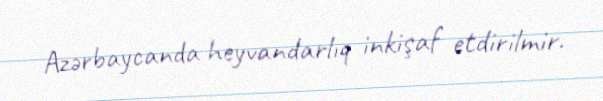
Azərbaycanda heyvandarlıq inkişaf etdirilmir.